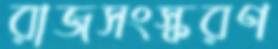
রাজসংস্করণ